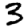
Digit: 3